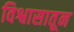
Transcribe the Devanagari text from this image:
विश्वासातून